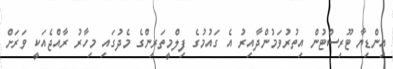
އިންޑިޔާ ޓޫރިސްޓުން އިތުރުވަމުންދާއިރު އެ ގައުމުގެ ފިލްމީތަރިންގެ މެދުގައި މިހާރު ރާއްޖެއަކީ ވަރަށް